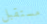
مستقبل